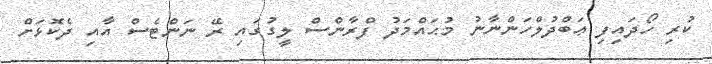
ކުރި ހޯދައިފި ޢަބްދުލްހަންނާނު މުޙައްމަދު ފްރާންސް ލީގުގައި ރޭ ނަންޓެސް އާއި ދެކޮޅަށް